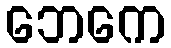
ဘေကေ